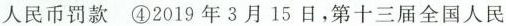
人民币罚款④2019年3月15日，第十三届全国人民